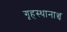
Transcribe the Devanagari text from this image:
गृहस्थानाञ्च